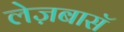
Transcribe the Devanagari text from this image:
लेज़बासॅ